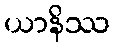
ယာနိဿ